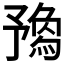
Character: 𠄝